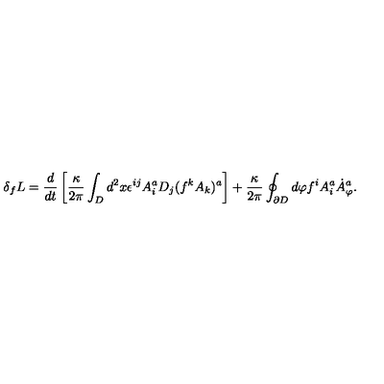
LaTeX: \delta _ { f } L = \frac { d } { d t } \left[ \frac { \kappa } { 2 \pi } \int _ { D } d ^ { 2 } x \epsilon ^ { i j } A _ { i } ^ { a } D _ { j } ( f ^ { k } A _ { k } ) ^ { a } \right] + \frac { \kappa } { 2 \pi } \oint _ { \partial { D } } d \varphi f ^ { i } A _ { i } ^ { a } { \dot { A } } _ { \varphi } ^ { a } .